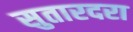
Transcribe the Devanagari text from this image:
सुतारदरा